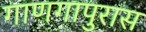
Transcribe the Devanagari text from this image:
गाणगापुरास